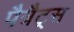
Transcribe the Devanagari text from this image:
पैत्रैट्स